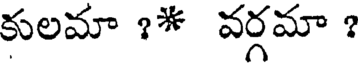
కులమా ?* వర్గమా ?